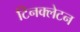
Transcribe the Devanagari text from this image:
टिनक्लेटन